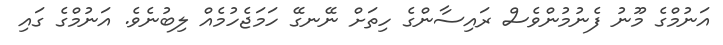
އަނުމްގެ މޫނު ފެނުމުންވެސް ރައިސާންގެ ހިތަށް ނޭނގޭ ހަމަޖެހުމެއް ލިބުނެވެ. އަނުމްގެ ގައި